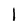
Character: 1